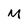
Character: M